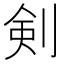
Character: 剣